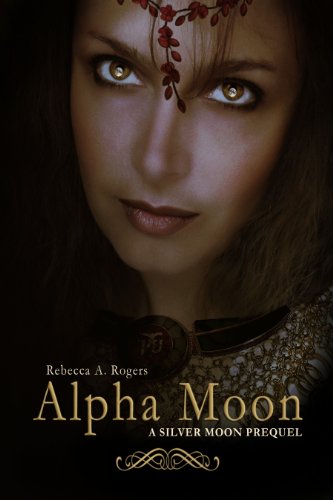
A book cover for Alpha Moon (Silver Moon, #0.5); Rebecca A. Rogers; Teen & Young Adult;